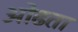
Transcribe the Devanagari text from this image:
ओढता